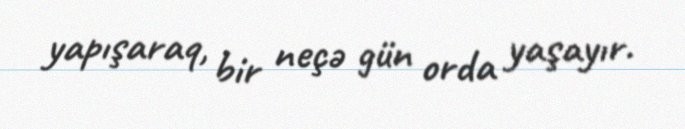
yapışaraq, bir neçə gün orda yaşayır.